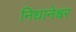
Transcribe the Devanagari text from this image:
निधानेश्वर